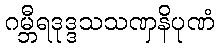
ဂမ္ဘီရဒုဒ္ဒသသဏှနိပုဏံ